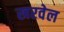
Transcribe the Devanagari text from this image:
खरवेल